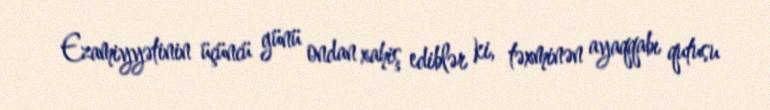
Ezamiyyətinin üçüncü günü ondan xahiş ediblər ki, təxminən ayaqqabı qutusu